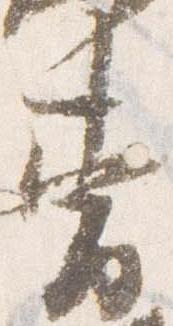
曹